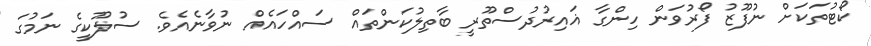
ކޯޓުތަކަށް ނުފޫޒު ފޯރުވަން ހިންގާ ޣައިރުދުސްތޫރީ ބާތިލުކަންތައް ސައްހައެއް ނުވާނެއެވެ. ސުލޫކީގެ ނަމުގަ